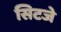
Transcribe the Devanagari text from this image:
सिटजे